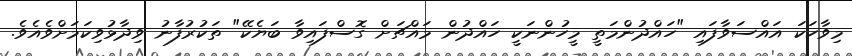
މިވާހަކަ އައްސަވާފައި "ހައްދުންމަތީ މީހުންނަކީ ހައްދުން މައްޗަށް ގޮސްފައިވާ ބަޔެކޭ" ތަކުރުފާނު ވިދާޅުވިކަމަށްވެއެވެ.